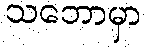
သဘောမှာ